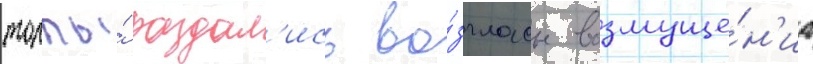
толпы́ раздал'ись во́згласы возмуще́н'иа